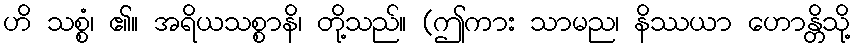
ဟိ သစ္စံ၊ ၏။ အရိယသစ္စာနိ၊ တို့သည်။ (ဤကား သာမည၊ နိဿယာ ဟောန္တိသို့